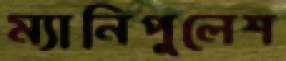
ম্যানিপুলেশ